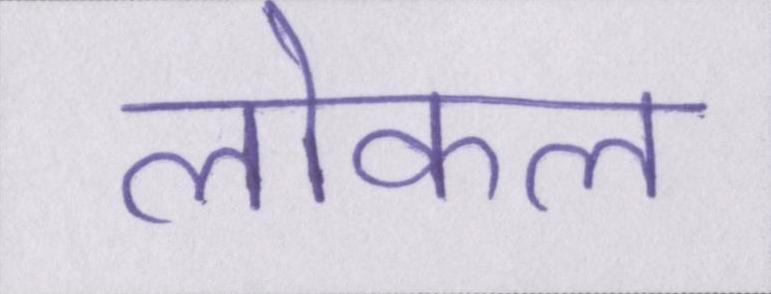
लोकल